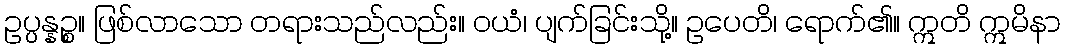
ဥပ္ပန္နဉ္စ။ ဖြစ်လာသော တရားသည်လည်း။ ဝယံ၊ ပျက်ခြင်းသို့။ ဥပေတိ၊ ရောက်၏။ ဣတိ ဣမိနာ